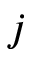
j